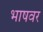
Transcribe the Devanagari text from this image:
भाषवर